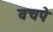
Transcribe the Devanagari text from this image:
वचपे